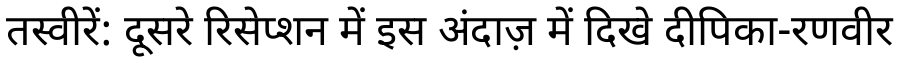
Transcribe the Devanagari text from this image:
तस्वीरें: दूसरे रिसेप्शन में इस अंदाज़ में दिखे दीपिका-रणवीर